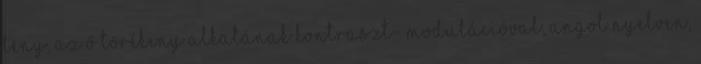
lény, az ő törékeny alkatának kontraszt- modulációval, angol nyelven,